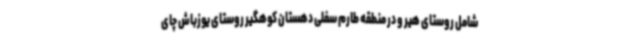
شامل روستای هیر و در منطقه طارم سفلی دهستان کوهگیر روستای یوزباش چای